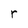
Character: r